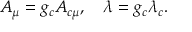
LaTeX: A _ { \mu } = g _ { c } A _ { c \mu } , \quad \lambda = g _ { c } \lambda _ { c } .